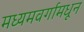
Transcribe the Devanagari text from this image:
मध्यमवर्गामधून